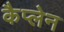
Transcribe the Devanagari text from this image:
कैप्लेन